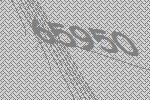
65950